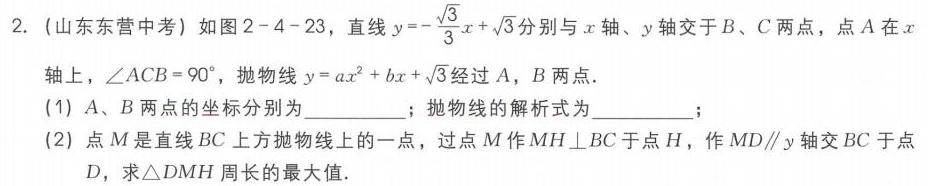
2. (山东东营中考) 如图2 - 4 - 23，直线\(y = -\frac{\sqrt{3}}{3}x+\sqrt{3}\)分别与\(x\)轴、\(y\)轴交于\(B\)、\(C\)两点，点\(A\)在\(x\)轴上，\(\angle ACB = 90^{\circ}\)，抛物线\(y = ax^{2}+bx+\sqrt{3}\)经过\(A\)，\(B\)两点.
(1) \(A\)、\(B\)两点的坐标分别为  ；抛物线的解析式为  ；
(2) 点\(M\)是直线\(BC\)上方抛物线上的一点，过点\(M\)作\(MH\perp BC\)于点\(H\)，作\(MD\parallel y\)轴交\(BC\)于点\(D\)，求\(\triangle DMH\)周长的最大值.